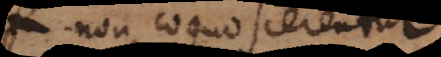
non cognoscerentur